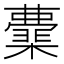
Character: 𭬟